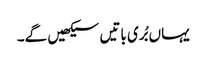
یہاں بُری باتیں سیکھیں گے۔